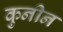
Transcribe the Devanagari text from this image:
कुनीन